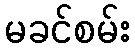
မခင်စမ်း